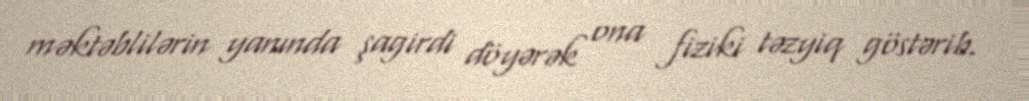
məktəblilərin yanında şagirdi döyərək ona fiziki təzyiq göstərib.